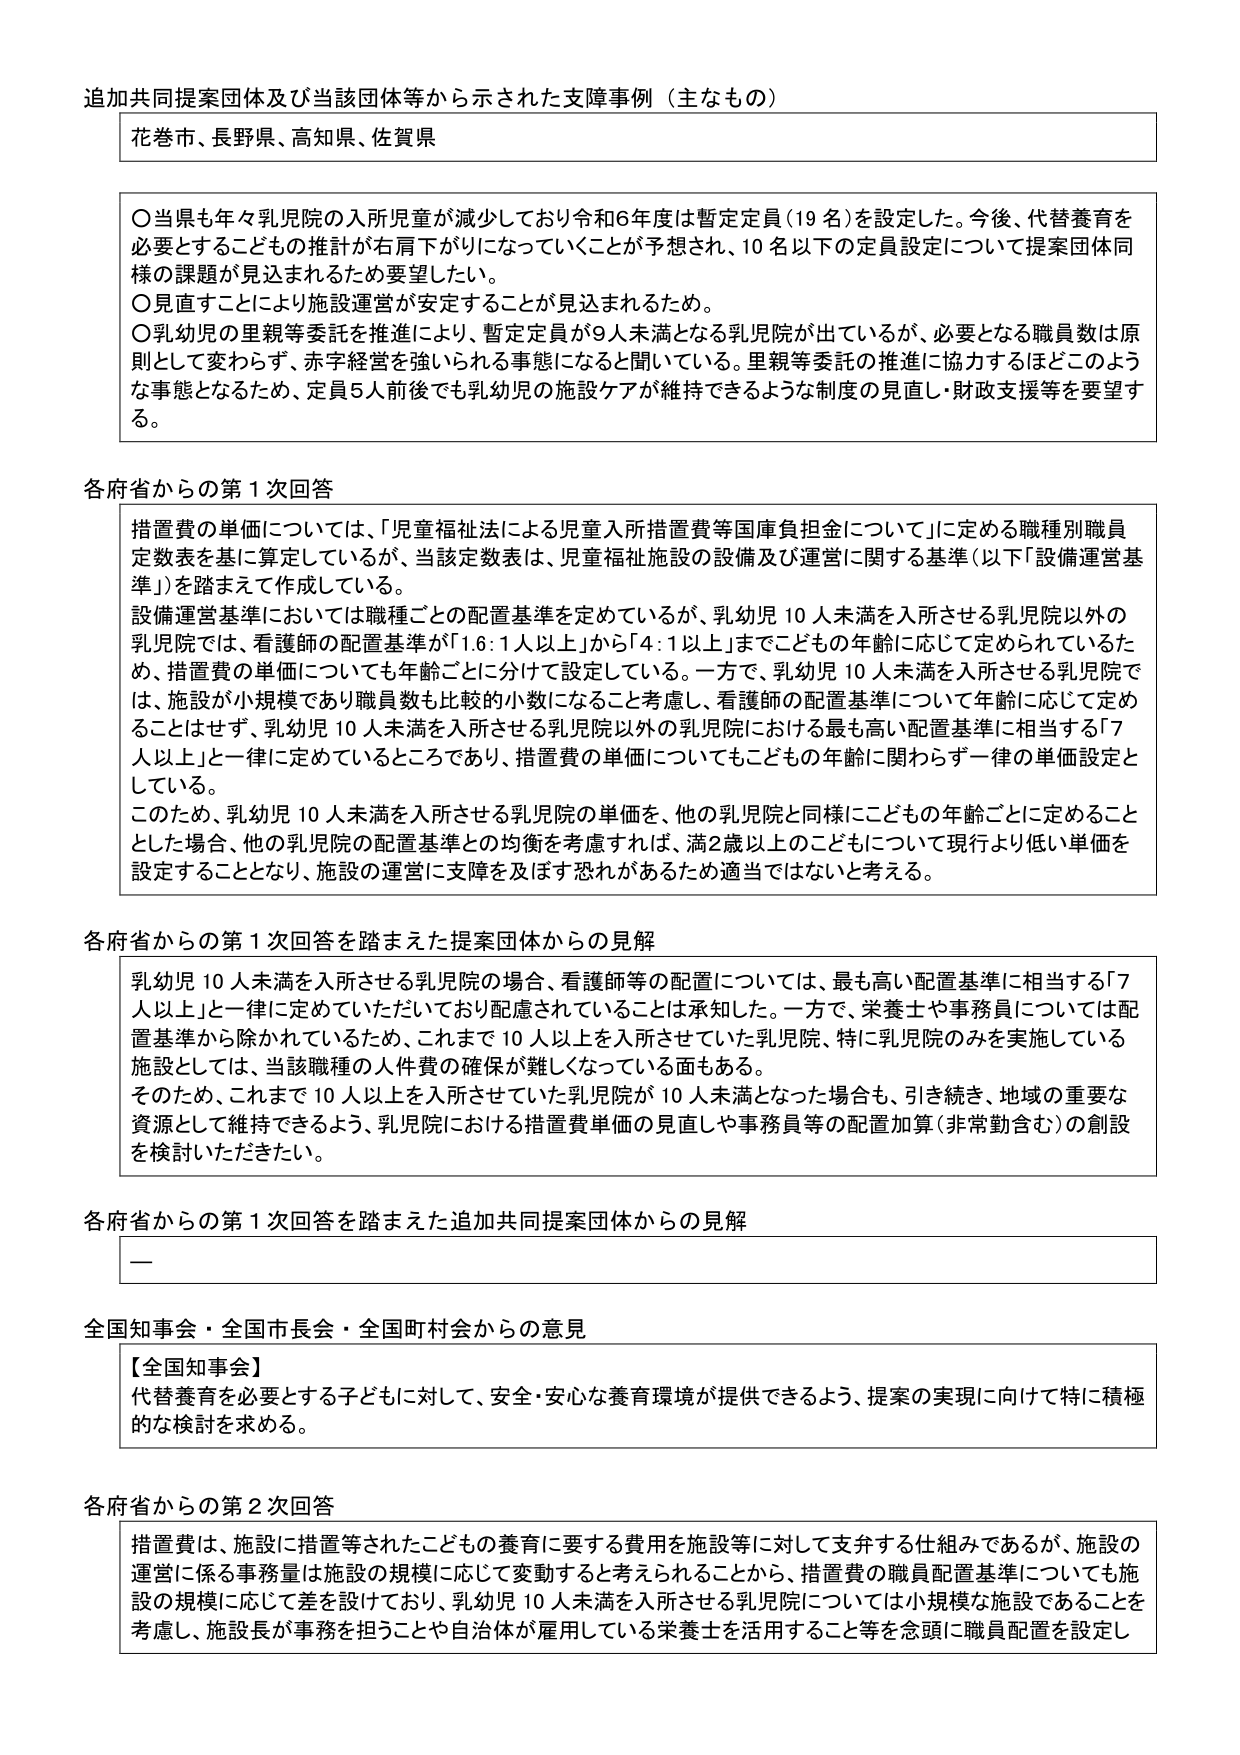
追加共同提案団体及び当該団体等から示された支障事例（主なもの）

花巻市、長野県、高知県、佐賀県

〇当県も年々乳児院の入所児童が減少しており令和6年度は暫定定員（19名）を設定した。今後、代替養育を必要とするこどもの推計が右肩下がりになっていくことが予想され、10名以下の定員設定について提案団体同様の課題が見込まれるため要望したい。
〇見直すことにより施設運営が安定することが見込まれるため。
〇乳幼児の里親等委託を推進により、暫定定員が9人未満となる乳児院が出ているが、必要となる職員数は原則として変わらず、赤字経営を強いられる事態になると聞いている。里親等委託の推進に協力するほどこのような事態となるため、定員5人前後でも乳幼児の施設ケアが維持できるような制度の見直し・財政支援等を要望する。

各府省からの第1次回答

措置費の単価については、「児童福祉法による児童入所措置費等国庫負担金について」に定める職種別職員定数表を基に算定しているが、当該定数表は、児童福祉施設の設備及び運営に関する基準（以下「設備運営基準」）を踏まえて作成している。
設備運営基準においては職種ごとの配置基準を定めているが、乳幼児10人未満を入所させる乳児院以外の乳児院では、看護師の配置基準が「1.6：1人以上」から「4：1人以上」までこどもの年齢に応じて定められているため、措置費の単価についても年齢ごとに分けて設定している。一方で、乳幼児10人未満を入所させる乳児院では、施設が小規模であり職員数も比較的小数になること考慮し、看護師の配置基準について年齢に応じて定めることはせず、乳幼児10人未満を入所させる乳児院以外の乳児院における最も高い配置基準に相当する「7人以上」と一律に定めているところであり、措置費の単価についてもこどもの年齢に関わらず一律の単価設定としている。
このため、乳幼児10人未満を入所させる乳児院の単価を、他の乳児院と同様にこどもの年齢ごとに定めることとした場合、他の乳児院の配置基準との均衡を考慮すれば、満2歳以上のことどもについて現行より低い単価を設定することとなり、施設の運営に支障を及ぼす恐れがあるため適当ではないと考える。

各府省からの第1次回答を踏まえた提案団体からの見解

乳幼児10人未満を入所させる乳児院の場合、看護師等の配置については、最も高い配置基準に相当する「7人以上」と一律に定めていただいており配慮されていることは承知した。一方で、栄養士や事務員については配置基準から除かれているため、これまで10人以上を入所させていた乳児院、特に乳児院のみを実施している施設としては、当該職種の人件費の確保が難しくなっている面もある。
そのため、これまで10人以上を入所させていた乳児院が10人未満となった場合も、引き続き、地域の重要な資源として維持できるよう、乳児院における措置費単価の見直しや事務員等の配置加算（非常勤含む）の創設を検討いただきたい。

各府省からの第1次回答を踏まえた追加共同提案団体からの見解

—

全国知事会・全国市長会・全国町村会からの意見

【全国知事会】
代替養育を必要とする子どもに対して、安全・安心な養育環境が提供できるよう、提案の実現に向けて特に積極的な検討を求める。

各府省からの第2次回答

措置費は、施設に措置等されたこどもの養育に要する費用を施設等に対して支弁する仕組みであるが、施設の運営に係る事務量は施設の規模に応じて変動すると考えられることから、措置費の職員配置基準についても施設の規模に応じて差を設けており、乳幼児10人未満を入所させる乳児院については小規模な施設であることを考慮し、施設長が事務を担うことや自治体が雇用している栄養士を活用すること等を念頭に職員配置を設定し